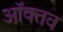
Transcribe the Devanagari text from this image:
ऑक्तव